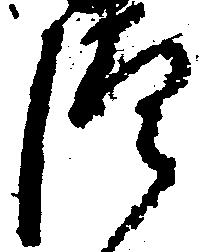
つ